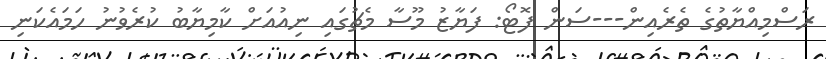
ރަސްމިއްޔާތުގެ ތެރެއިން---ސަން ފޮޓޯ: ފަޔާޒު މޫސާ މެޗުގައި ނިއުއަށް ކާމިޔާބު ކުރެވުނު ހަމައެކަނި